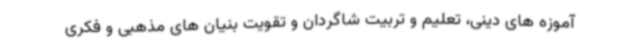
آموزه های دینی، تعلیم و تربیت شاگردان و تقویت بنیان های مذهبی و فکری